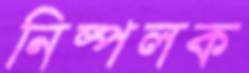
নিষ্পলক